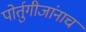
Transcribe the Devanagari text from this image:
पोर्तुगीजांनाच